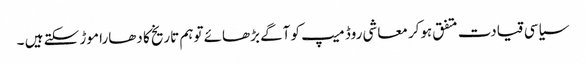
سیاسی قیادت متفق ہوکر معاشی روڈ میپ کو آگے بڑھائے توہم تاریخ کا دھارا موڑ سکتے ہیں ۔